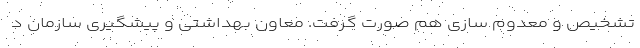
تشخیص و معدوم سازی هم صورت گرفت. معاون بهداشتی و پیشگیری سازمان د